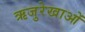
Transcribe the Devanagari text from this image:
ऋजुरेखाओं